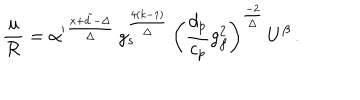
{ \frac { u } { \cal R } } = { \alpha ^ { \prime } } ^ { \frac { x + \tilde { d } - \Delta } { \Delta } } \, g _ { s } ^ { \frac { 4 ( k - 1 ) } { \Delta } } \, \left( \frac { d _ { p } } { c _ { p } } g _ { f } ^ { 2 } \right) ^ { \frac { - 2 } { \Delta } } \, U ^ { \beta } \, .